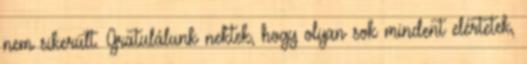
nem sikerült. Gratulálunk nektek, hogy olyan sok mindent elértetek,